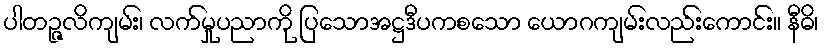
ပါတဉ္ဇလိကျမ်း၊ လက်မှုပညာကို ပြသောအဋ္ဌဒီပကစသော ယောဂကျမ်းလည်းကောင်း။ နီဓိ၊